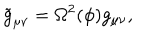
\tilde { g } _ { \mu \nu } = \Omega ^ { 2 } ( \phi ) g _ { \mu \nu } ,